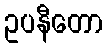
ဥပနီတော